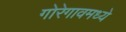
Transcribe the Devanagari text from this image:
गोरेगावमध्ये